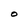
Character: O